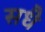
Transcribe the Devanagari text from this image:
सधै